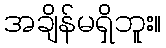
အချိန်မရှိဘူး။